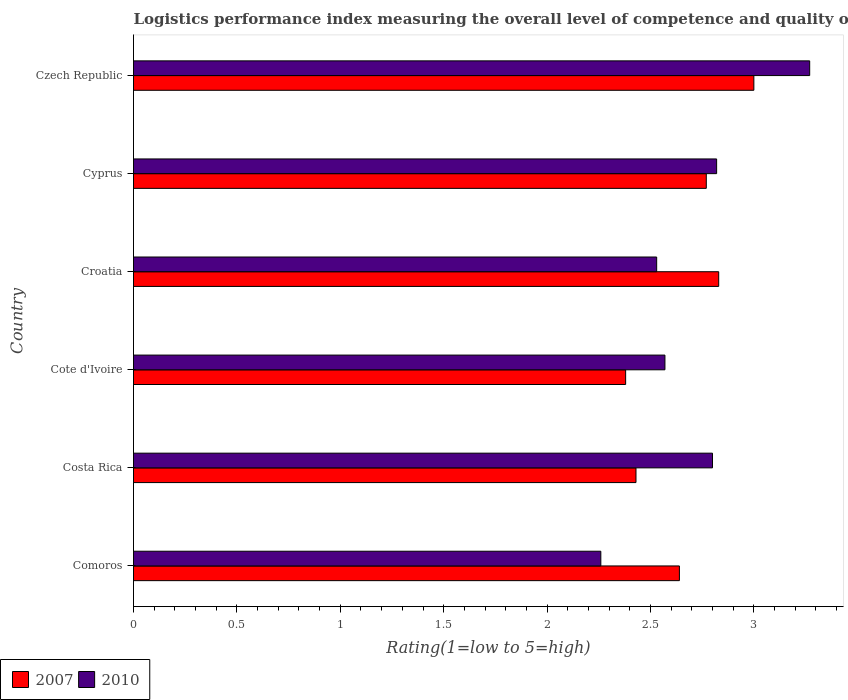
| Country | 2007 | 2010 |
 | --- | --- | --- |
 | Comoros | 2.64 | 2.26 |
 | Costa Rica | 2.43 | 2.8 |
 | Cote d'Ivoire | 2.38 | 2.57 |
 | Croatia | 2.83 | 2.53 |
 | Cyprus | 2.77 | 2.82 |
 | Czech Republic | 3 | 3.27 |